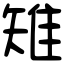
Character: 雉